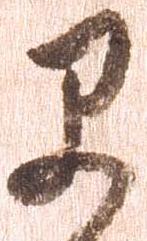
早